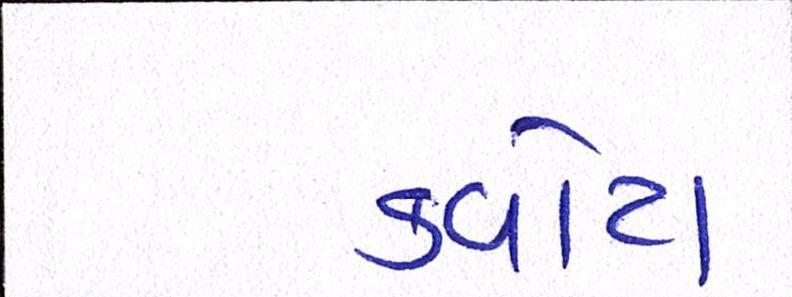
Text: ક્વોટા